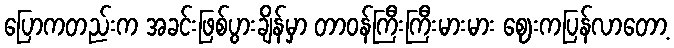
ပြောကတည်းက အခင်းဖြစ်ပွားချိန်မှာ တာဝန်ကြီးကြီးမားမား ဈေးကပြန်လာတော့